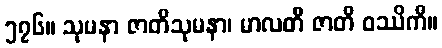
၅၇၆။ သုမနာ ဇာတိသုမနာ၊ မာလတီ ဇာတိ ဝဿိကီ။